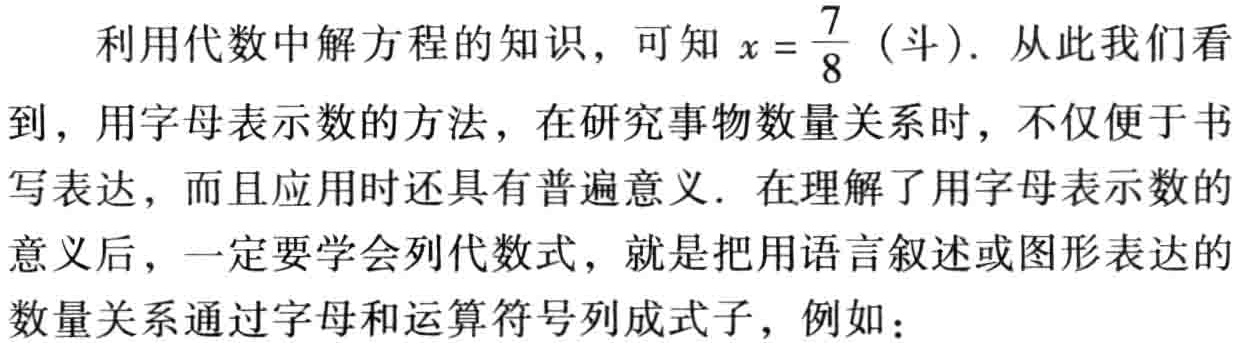
利用代数中解方程的知识，可知\(x = \frac{7}{8}\)（斗）. 从此我们看到，用字母表示数的方法，在研究事物数量关系时，不仅便于书写表达，而且应用时还具有普遍意义. 在理解了用字母表示数的意义后，一定要学会列代数式，就是把用语言叙述或图形表达的数量关系通过字母和运算符号列成式子，例如：